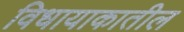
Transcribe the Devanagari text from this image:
विधायाकातील